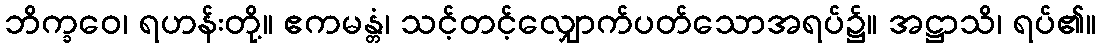
ဘိက္ခဝေ၊ ရဟန်းတို့။ ဧကမန္တံ၊ သင့်တင့်လျှောက်ပတ်သောအရပ်၌။ အဋ္ဌာသိ၊ ရပ်၏။